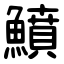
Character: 鱝